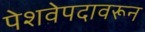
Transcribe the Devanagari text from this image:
पेशवेपदावरून